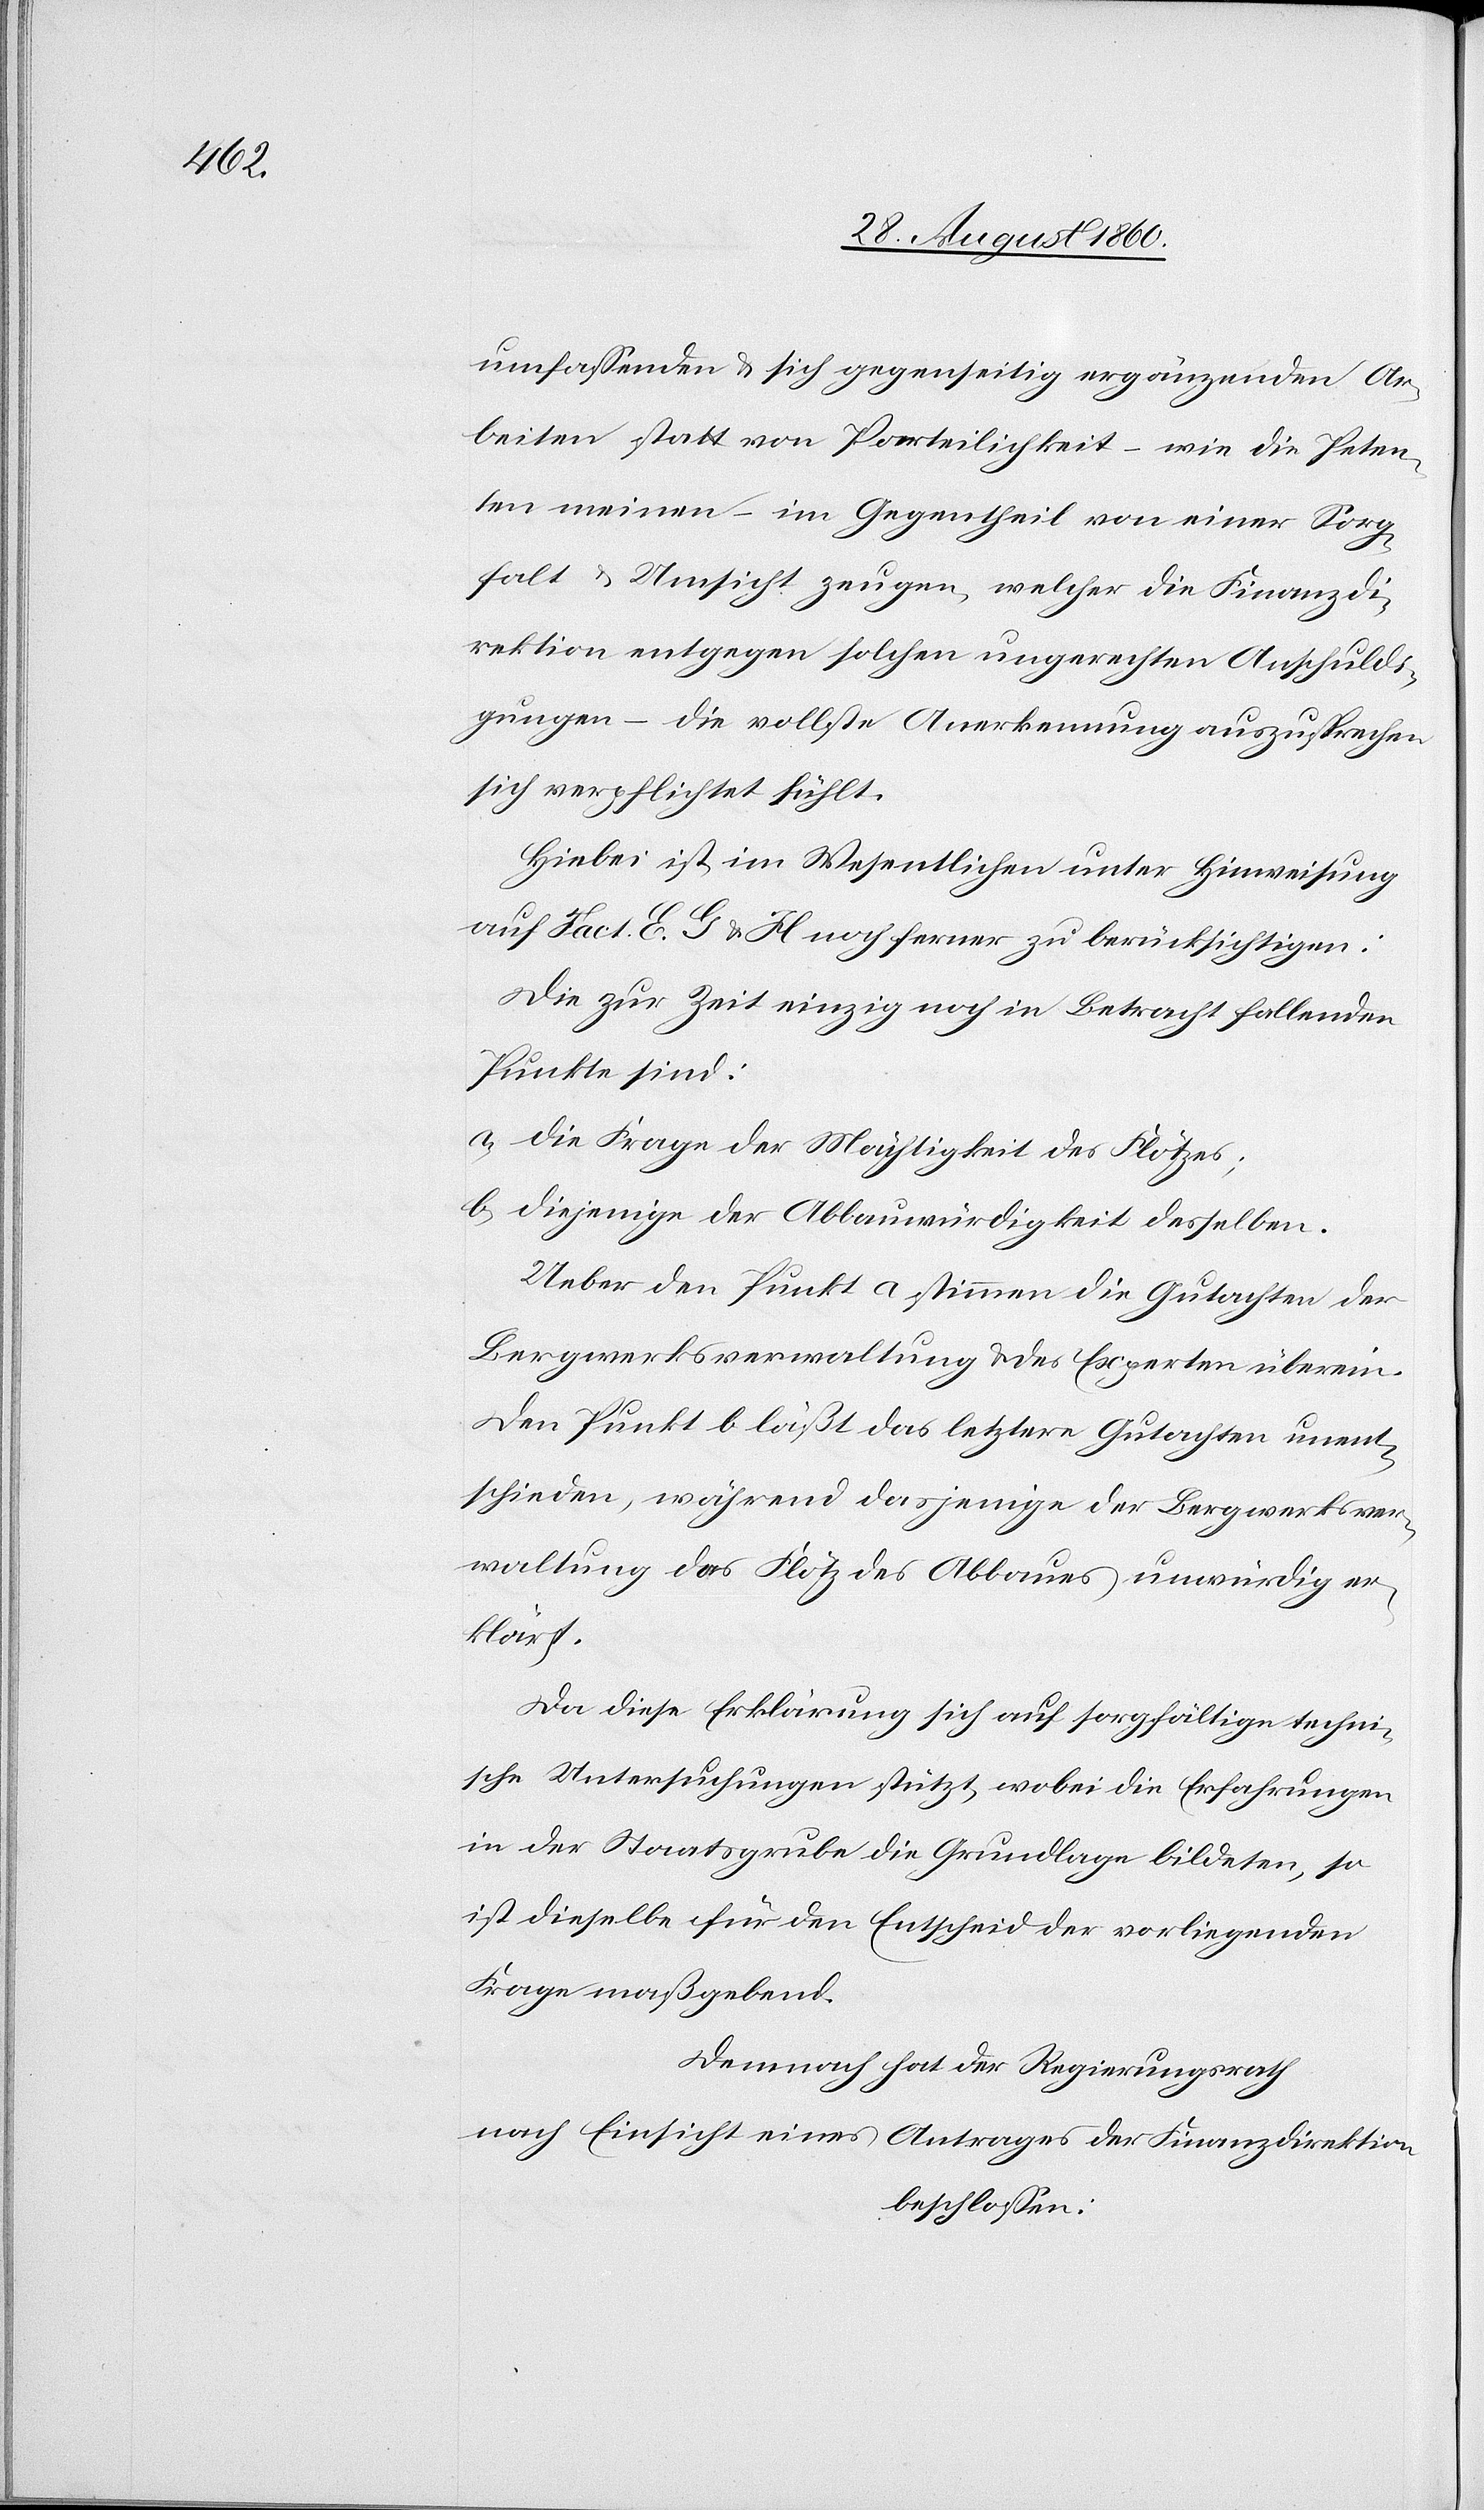
umfassenden u. sich gegenseitig ergänzenden Ar¬
beiten statt von Partheilichkeit –wie die Peten¬
ten meinen –im Gegentheil von einer Sorg¬
falt u. Umsicht zeugen, welches die Finanzdi¬
rektion entgegen solchen ungerechten Anschuldi¬
gungen die vollste Anerkennung auszusprechen
sich verpflichtet fühlt.
Hiebei ist, im Wesentlichen unter Hinweisung
auf Fact. E G u. H noch ferner zu berücksichtigen:
Die zur Zeit einzig noch in Betracht fallenden
Punkte sind:
a) Die Frage der Mächtigkeit des Flötzes.
b) Diejenige der Abbauwürdigkeit desselben.
Ueber den Punkt a stimmen die Gutachten der
Bergwerksverwaltung u. des Experten überein.
Den Punkt b lässt das letztere Gutachten unent¬
schieden, während dasjenige der Bergwerksver¬
waltung das Flötz des Abbaues unwürdig er¬
klärt.
Da diese Erklärung sich auf sorgfältige techni¬
sche Untersuchungen stützt, wobei die Erfahrungen
in der Staatsgrube die Grundlage bildeten, so
ist dieselbe für den Entscheid der vorliegenden
Frage massgebend.
Demnach hat der Regierungsrath,
nach Einsicht eines Antrages der Finanzdirektion,
beschlossen: